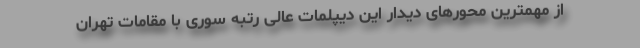
از مهمترین محورهای دیدار این دیپلمات عالی رتبه سوری با مقامات تهران